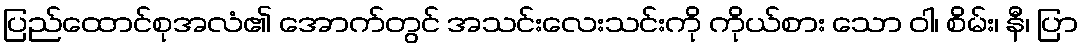
ပြည်ထောင်စုအလံ၏ အောက်တွင် အသင်းလေးသင်းကို ကိုယ်စား သော ဝါ၊ စိမ်း၊ နီ၊ ပြာ